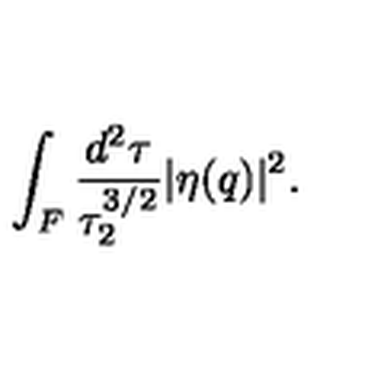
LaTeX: \int _ { F } \frac { d ^ { 2 } \tau } { \tau _ { 2 } ^ { 3 / 2 } } | \eta ( q ) | ^ { 2 } .